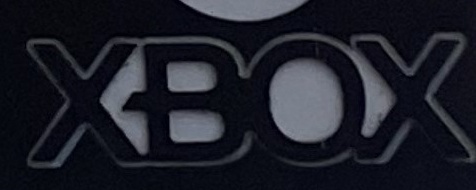
XBOX